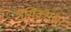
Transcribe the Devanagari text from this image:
वेसिक्सचा